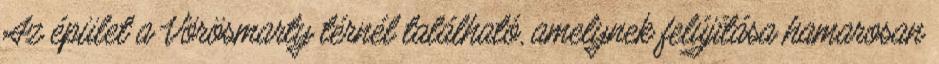
Az épület a Vörösmarty térnél található, amelynek felújítása hamarosan